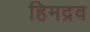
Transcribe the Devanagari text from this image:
हिमद्रव